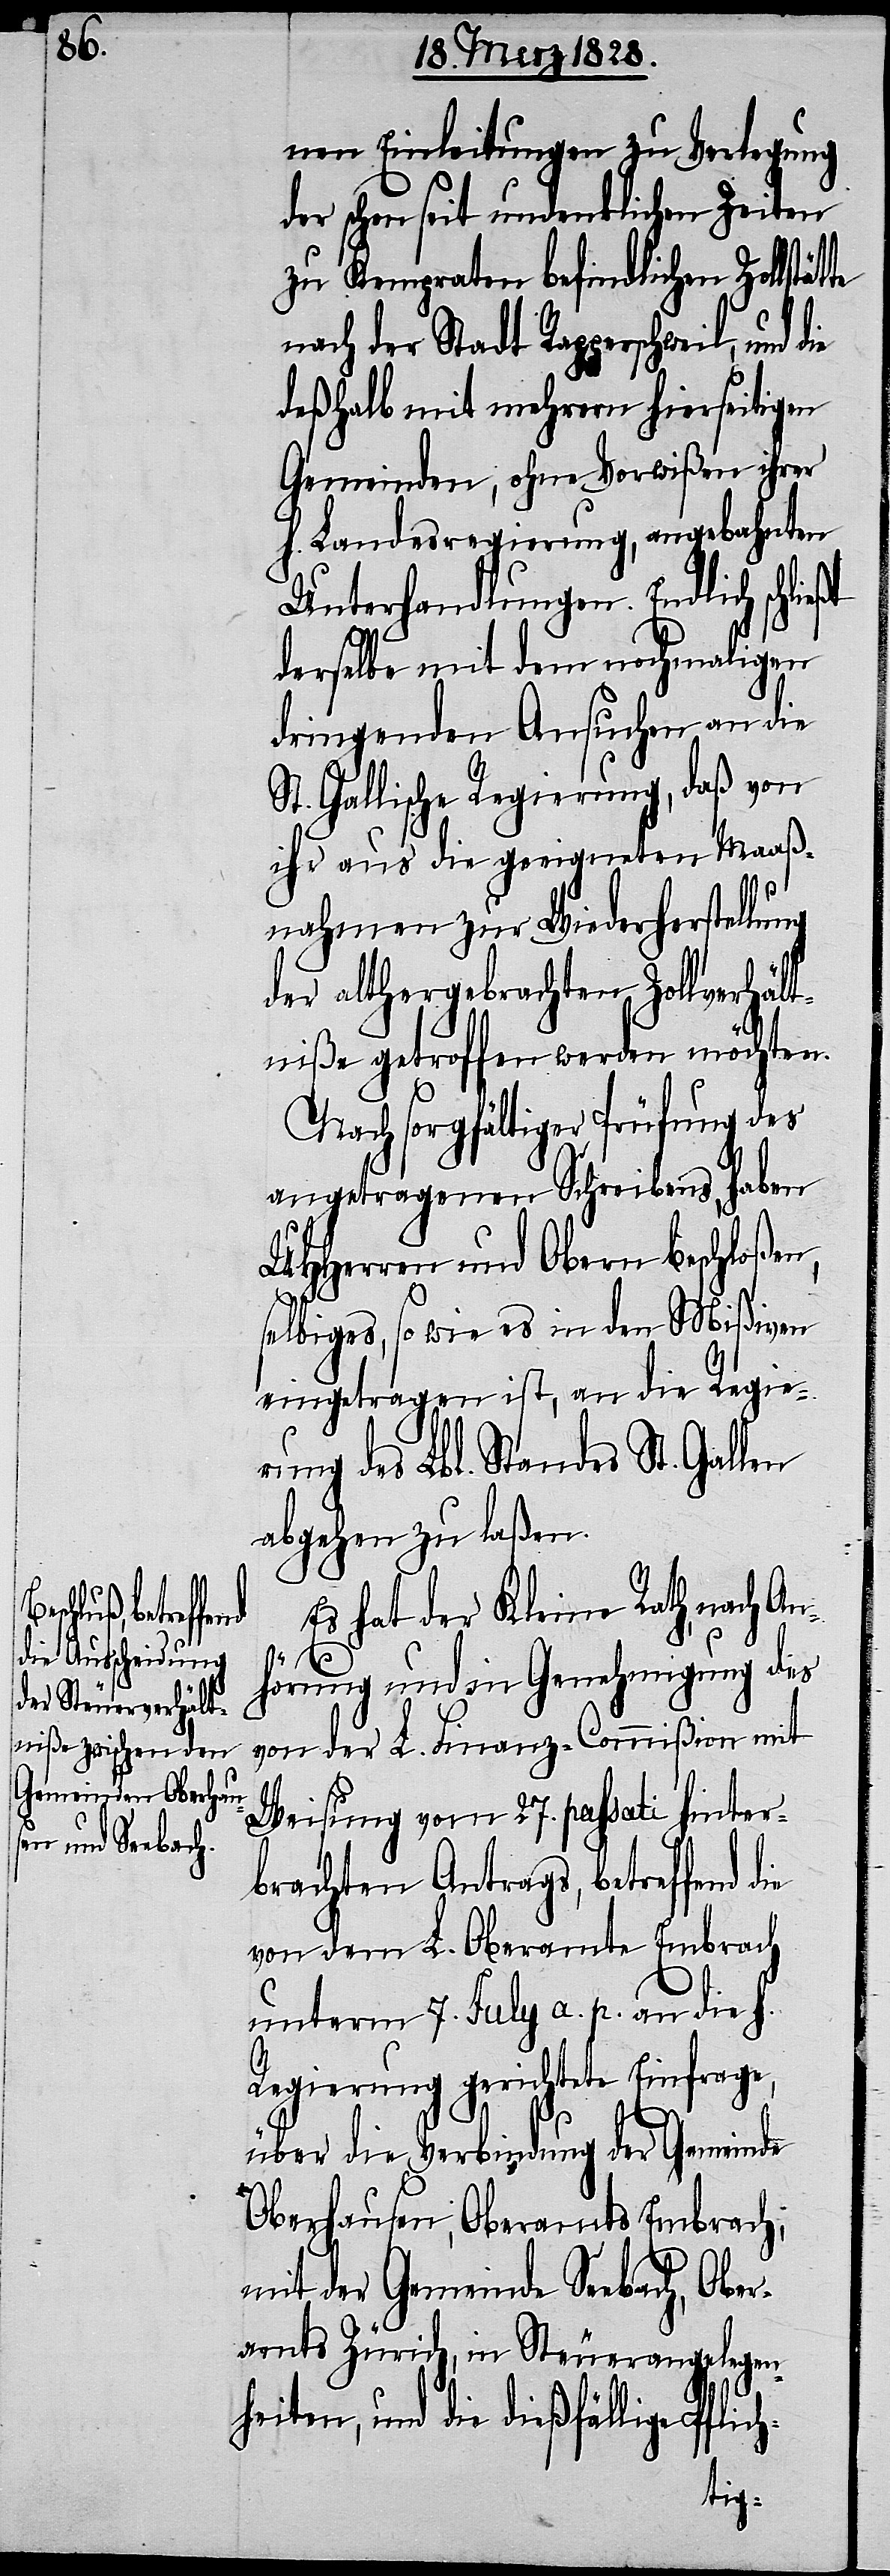
nen Einleitungen zu Verlegung
der schon seit undenklicher Zeiten
zu Kempraten befindlichen Zollstät¬
nach der Stadt Rapperschweil, und
deßhalb mit mehrern hierseitigen
Gemeinden, ohne Vorwißen ihrer
h. Landesregierung, angebahnten
Unterhandlungen. Endlich schlie¬
derselbe mit dem nochmaligen
dringenden Ansuchen an die
St. Gallische Regierung, daß von
ihr aus die geeigneten Maaß¬
nahmen zur Wiederherstellung
der althergebrachten Zollverhält¬
niße getroffen werden möchten.
Nach sorgfältiger Prüfung des
angetragenen Schreibens, haben
UHHerren und Obern beschloßen,
selbiges, so wie es in den Mißiven
eingetragen ist, an die Regie¬
rung des Lbl. Standes St. Gallen
abgehen zu laßen.
Es hat der Kleine Rath, nach A¬
n¬
hörung und in Genehmigung des
von der L. Finanz-Commißion mit
Weisung vom 27. passati hinter¬
brachten Antrags, betreffend
von dem L. Oberamte Embrach
unterm 7. July a. p. an die h.
Regierung gerichtete Einfrage,
ßt
über die Verbindung der Gemeinde
Oberhausen, Oberamts Embrach,
mit der Gemeinde Seebach, Ober¬
amts Zürich, in Steuerangelegen¬
heiten, und die dießfällige Pflich-